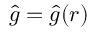
{ \hat { g } } = { \hat { g } } ( { \boldsymbol { r } } )